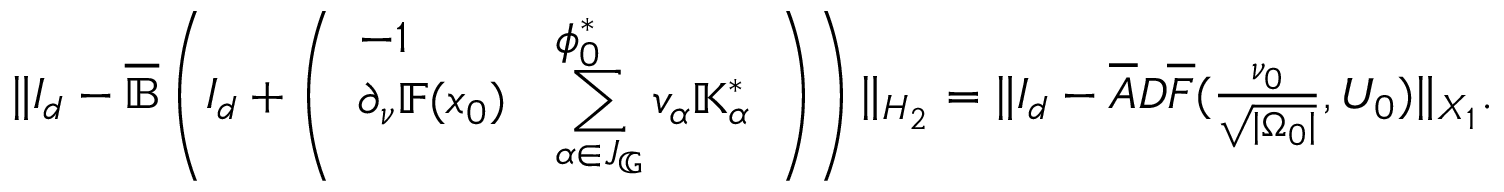
\begin{array} { r } { \| I _ { d } - \overline { { \mathbb { B } } } \left( I _ { d } + \left( \begin{array} { l l } { - 1 } & { \phi _ { 0 } ^ { * } } \\ { \partial _ { \nu } \mathbb { F } ( x _ { 0 } ) } & { \displaystyle \sum _ { \alpha \in J _ { \mathbb { G } } } \mathbb { v } _ { \alpha } \mathbb { K } _ { \alpha } ^ { * } } \end{array} \right) \right) \| _ { H _ { 2 } } = \| I _ { d } - \overline { { A } } D \overline { { F } } ( \frac { \nu _ { 0 } } { \sqrt { | { \Omega _ { 0 } } | } } , U _ { 0 } ) \| _ { X _ { 1 } } . } \end{array}